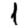
Digit: 1